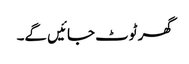
گھر ٹوٹ جائیں گے۔